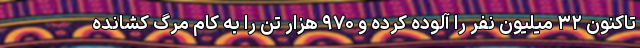
تاکنون ۳۲ میلیون نفر را آلوده کرده و ۹۷۰ هزار تن را به کام مرگ کشانده